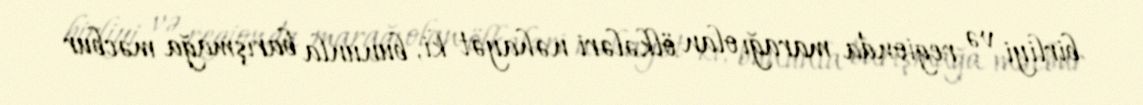
birliyi və regionda marağı olan ölkələri nəhayət ki, bununla barışmağa məcbur